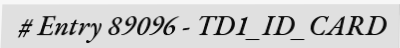
# Entry 89096 - TD1_ID_CARD